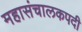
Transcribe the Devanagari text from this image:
महासंचालकपदी